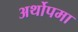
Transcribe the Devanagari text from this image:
अर्थोपमा